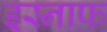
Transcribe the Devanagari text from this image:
इस्नाफ